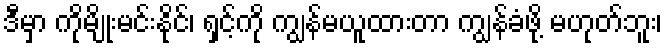
ဒီမှာ ကိုမျိုးမင်းနိုင်၊ ရှင့်ကို ကျွန်မယူထားတာ ကျွန်ခံဖို့ မဟုတ်ဘူး၊